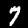
Digit: 7